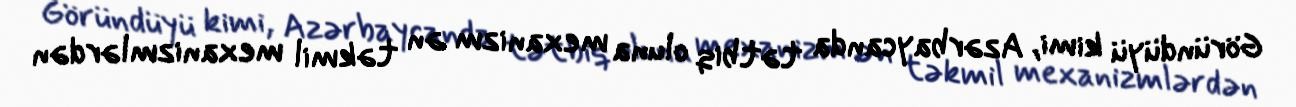
Göründüyü kimi, Azərbaycanda tətbiq oluna mexanizm ən təkmil mexanizmlərdən